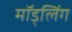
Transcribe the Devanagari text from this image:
मॉड्लिंग